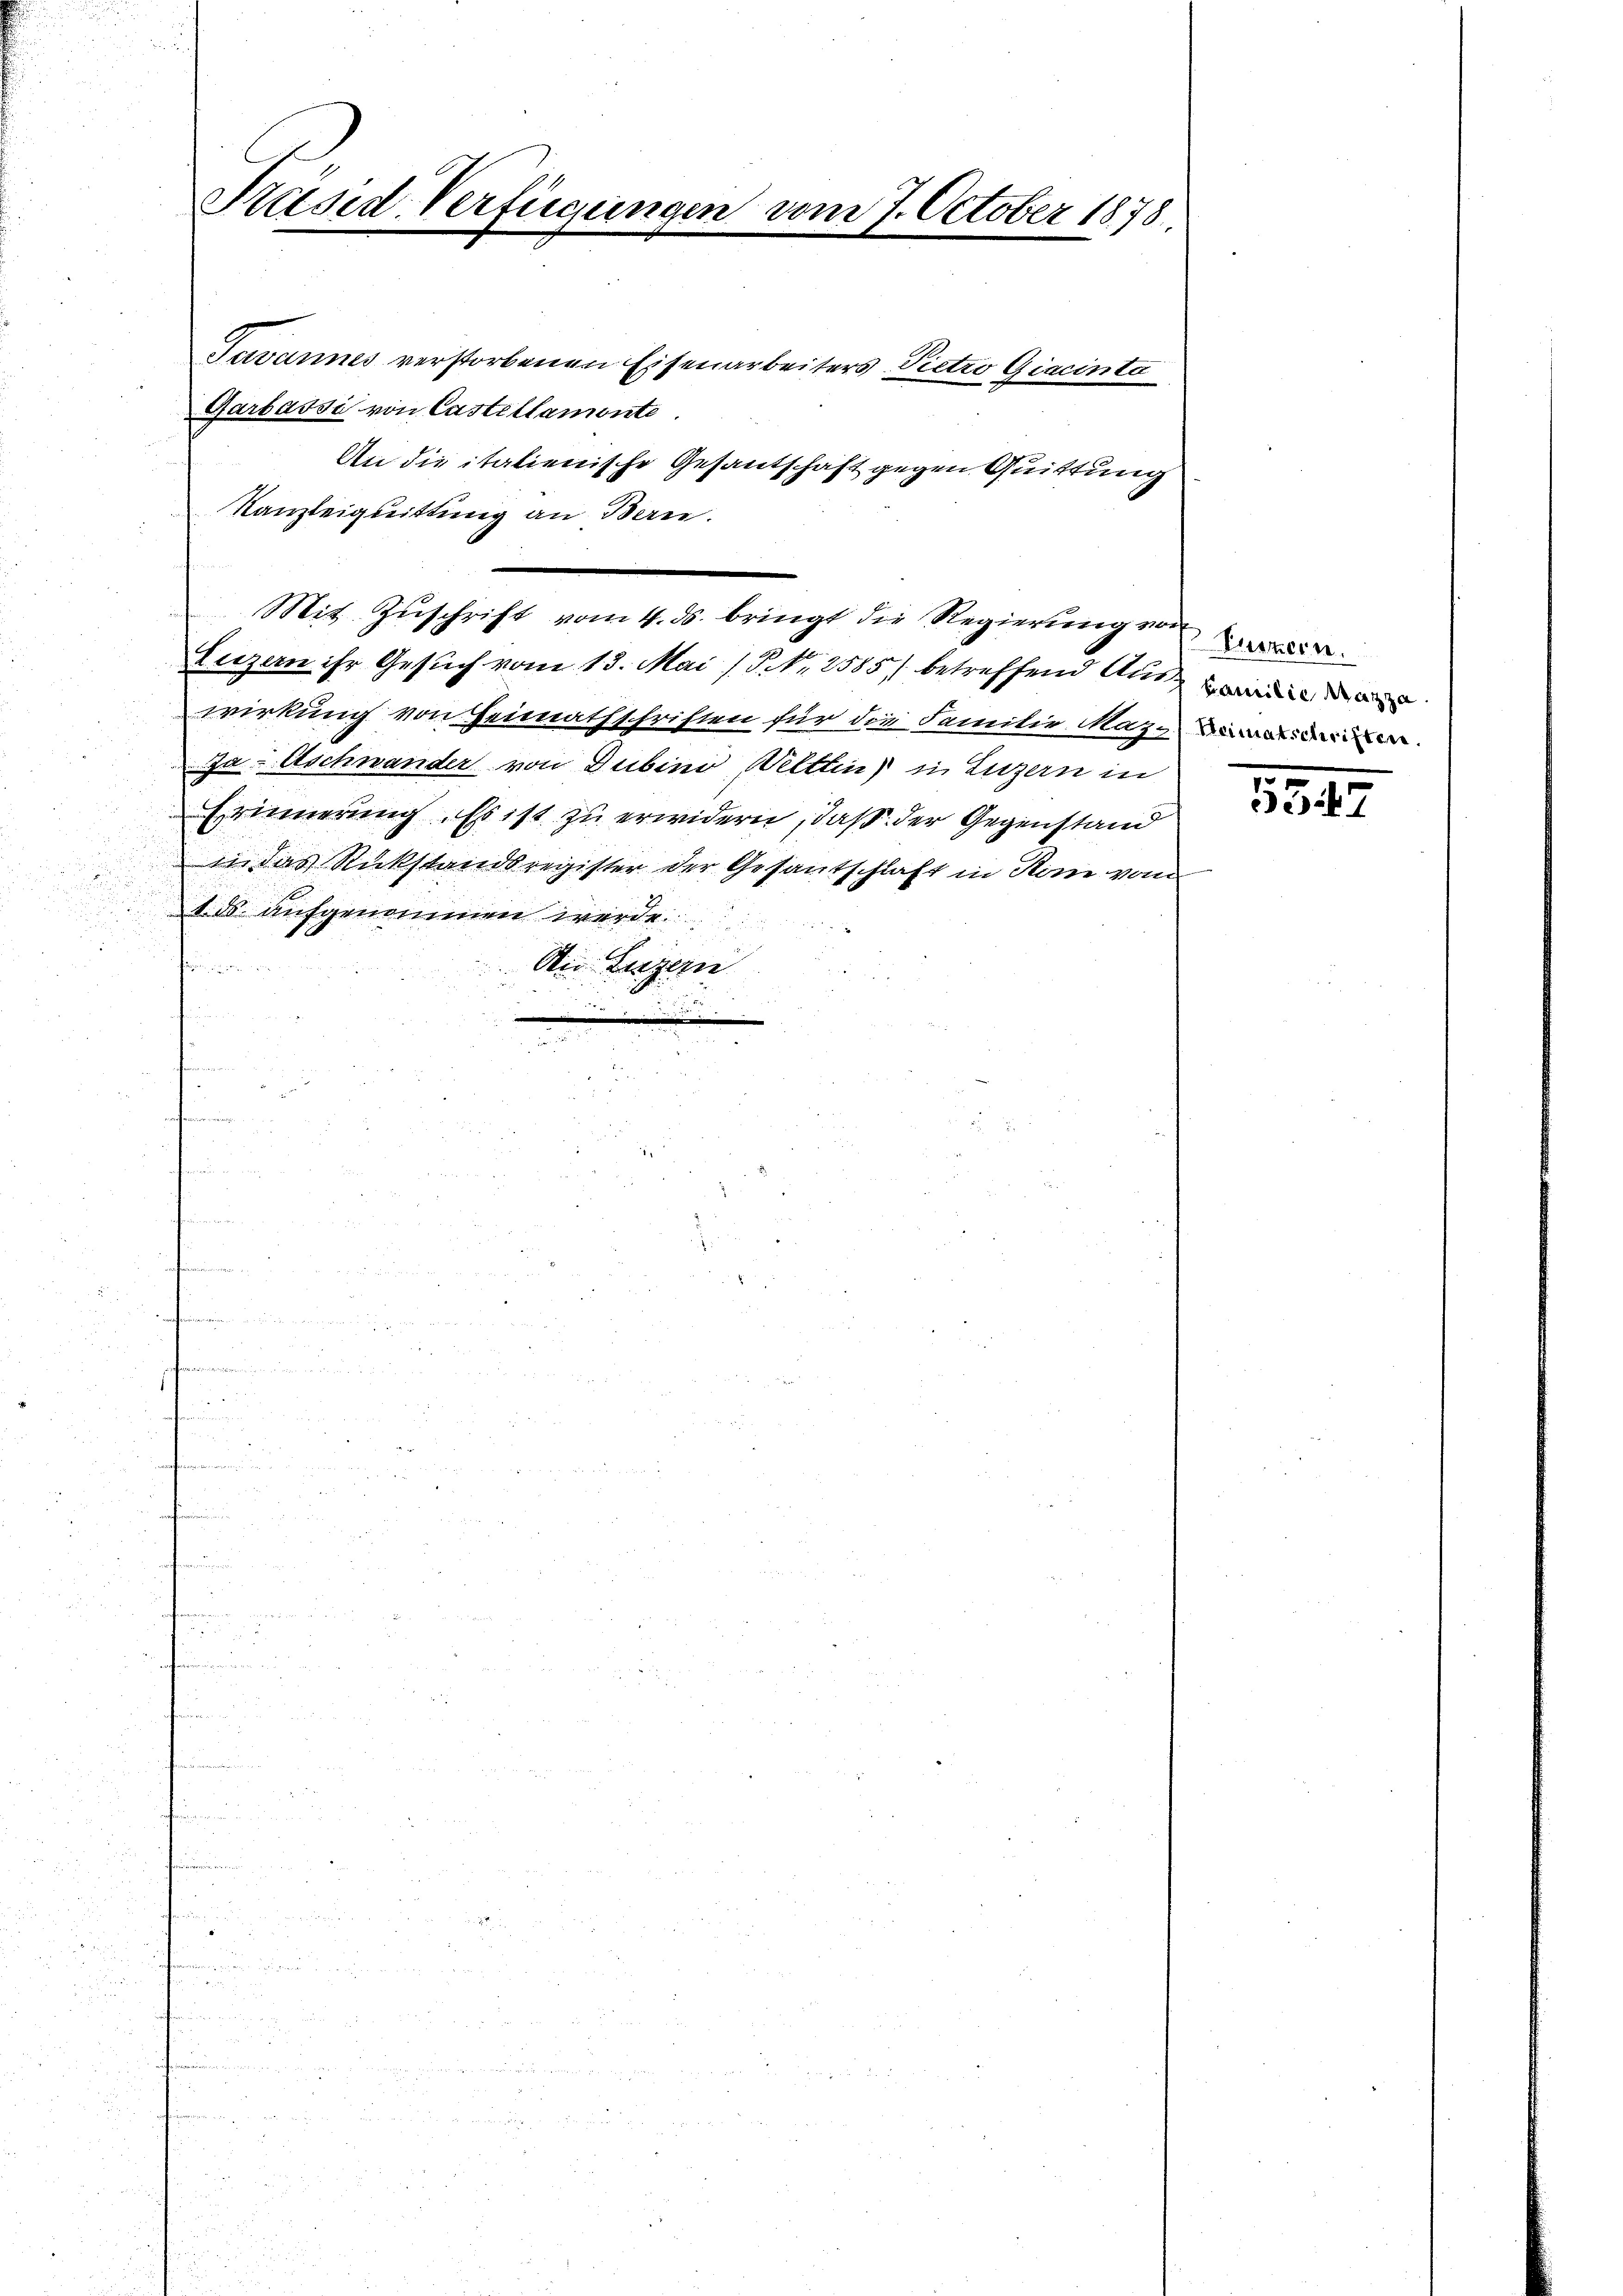
Präsid-Verfügungen vom 7. October 1878.
Javannes verstorbenen Eisenarbeiters Pietro Giacinta
Garbassi von Castellamente.

An die italienische Gesantschaft gegen Quittung
Kanzleiguittung an Bern.
Mit Zuschrift vom 4. ds. bringt die Regierung von
Luzern ihr Gesuch vom 13. Mai (S. Nr. 2585, betreffend Auswald
wirkung von Heimathschriften für die Familie Maziner
Ja- Aschwander von Dubini Weltten) in Luzern in
Erinnerung. Es ist zu erwidern, daß der Gegenstand
ii das Rückstandsregister der Gesantschlaft in Rom von
1. ds. aufgenommen werde.
Die Luzern
t
u

5547